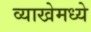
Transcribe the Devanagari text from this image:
व्याखेमध्ये